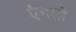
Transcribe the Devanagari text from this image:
एंगलो